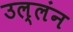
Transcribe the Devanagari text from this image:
उल्लंन